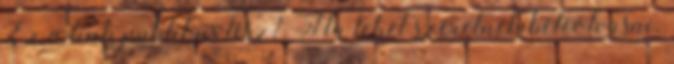
Ez a link publikus lesz?. Ha lehet szeretnek beleolvasni.